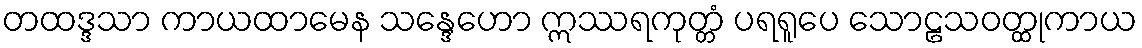
တထဒ္ဒသာ ကာယထာမေန သန္ဒေဟော ဣဿရကုတ္တံ ပရရူပေ သောဠသဝတ္ထုကာယ